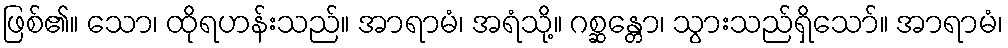
ဖြစ်၏။ သော၊ ထိုရဟန်းသည်။ အာရာမံ၊ အရံသို့။ ဂစ္ဆန္တော၊ သွားသည်ရှိသော်။ အာရာမံ၊